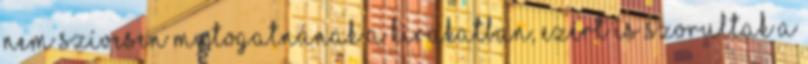
nem szívesen mutogatnának a kirakatban, ezért is szorultak a